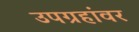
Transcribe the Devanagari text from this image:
उपग्रहांवर